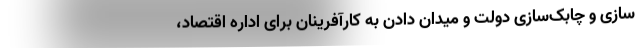
‌سازی و چابک‌سازی دولت و میدان دادن به کارآفرینان برای اداره اقتصاد،